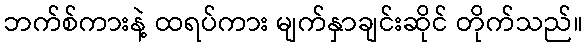
ဘက်စ်ကားနဲ့ ထရပ်ကား မျက်နှာချင်းဆိုင် တိုက်သည်။